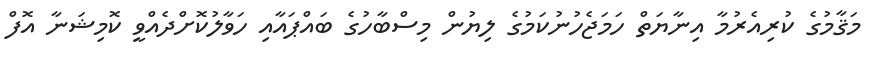
މަޤާމުގެ ކުރިއެރުމާ އިނާޔަތް ހަމަޖެހުނުކަމުގެ ލިޔުން މިސްބާހުގެ ބައްޕައާއި ހަވާލުކޮށްދެއްވީ ކޮމިޝަނާ އޮފް